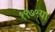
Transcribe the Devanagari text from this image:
१९७९या